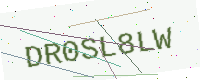
Text: DR0SL8LW